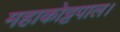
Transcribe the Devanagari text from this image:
महाकोट्टपाल।